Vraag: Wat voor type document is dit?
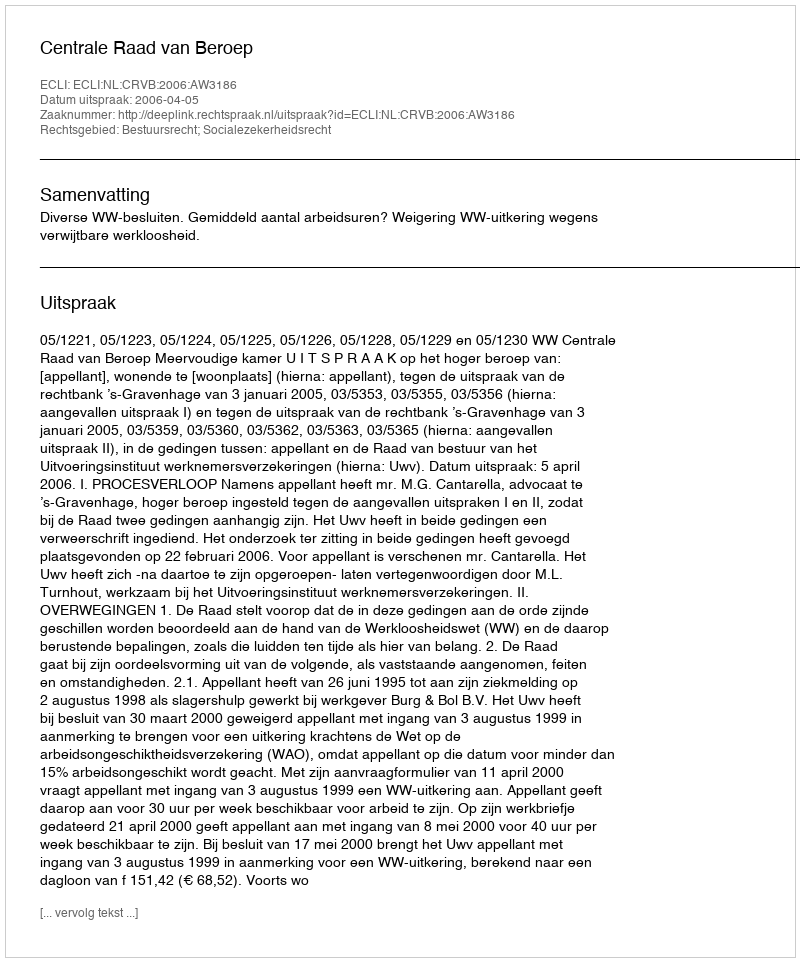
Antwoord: Uitspraak